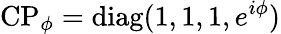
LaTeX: \mathrm{CP}_{\phi}=\textrm{diag}(1,1,1,e^{i\phi})